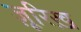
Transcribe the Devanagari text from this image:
ज़ूरिख़